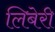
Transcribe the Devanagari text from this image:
लिबेरी